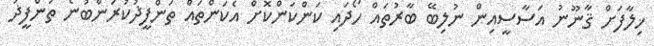
ޚިލާފަށް ޤާނޫނު އަސާސީއިން ނުލިބޭ ބާރުތައް ހޯދައި ކަންކަންކޮށް އެކަންތައް ތަންފީޛުކުރަންބުނެ ތަންފީޛު